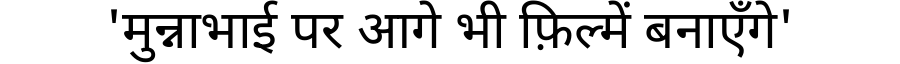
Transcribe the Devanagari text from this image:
'मुन्नाभाई पर आगे भी फ़िल्में बनाएँगे'